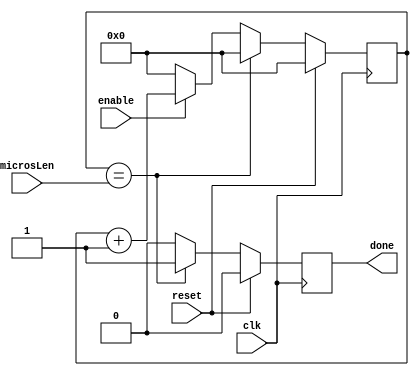
module customTimer #(parameter CLKSPDMHZ = 100)(
    input clk,
    input enable,
    input reset,
    input [31:0] microsLen,
    output reg done
    );
    
    reg[31:0] count = 0;
    
    always@(posedge clk)
    begin
        if(reset)
        begin
            done <= 0;
            count <= 0;
        end
        else
        begin
            if(count == microsLen)
            begin
                done <= 1;
                count <= 0;
            end
            else if(enable == 0)
            begin
                count <= 0;
                done <= 0;
            end
            else
            begin
                if(enable)
                    count <= count + 1;
                done <= 0;
            end
        end
    end
endmodule